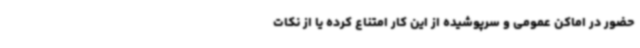
حضور در اماکن عمومی و سرپوشیده از این کار امتناع کرده یا از نکات